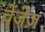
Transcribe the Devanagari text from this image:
चेंजेज़